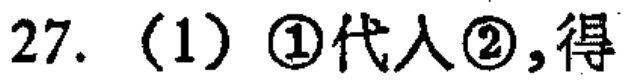
27. （1）\(\textcircled{1}\)代入\(\textcircled{2}\)，得